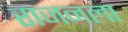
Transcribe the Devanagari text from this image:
राजनला